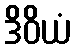
ဒိဝိယံ